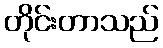
တိုင်းတာသည်